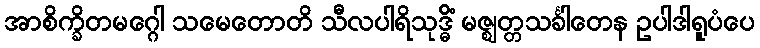
အာစိက္ခိတမဂ္ဂေါ သမေတောတိ သီလပါရိသုဒ္ဓိံ မဇ္ဈတ္တသင်္ခါတေန ဥပါဒါရူပံပေ